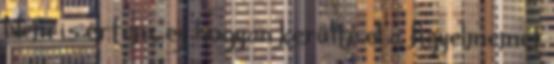
Nem is értem, ez hogyan kerülte el a figyelmemet